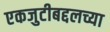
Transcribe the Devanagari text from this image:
एकजुटीबद्दलच्या